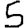
Digit: 5